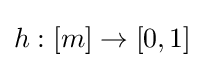
h:[m]\rightarrow [0,1]